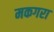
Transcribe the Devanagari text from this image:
मकगरा